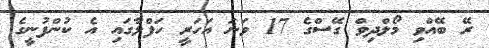
ރޭ ބޭއްވި މޯލްދިވް ގޭސްގެ 17 ވަނަ އަހަރީ ހަފްލާގައި އެ ކުންފުނީގެ